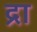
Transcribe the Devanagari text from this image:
द्रा